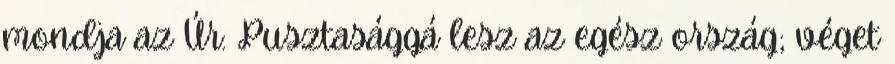
mondja az Úr: Pusztasággá lesz az egész ország; véget